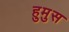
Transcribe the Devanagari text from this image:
हुमुस